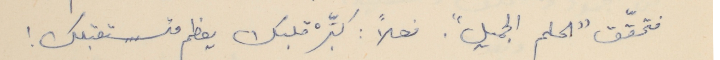
فتحقّق "الحلم الجميل". فعلاً : كبِّرْ قلبك يعظم مُستقبلك !